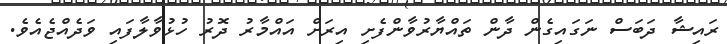
ރައިޝާ ދަބަސް ނަގައިގެން ދާން ތައްޔާރުވާންފެށި އިރަށް އައްމާރު ދޮރު ހުޅުވާލާފައި ވަދެއްޖެއެވެ.